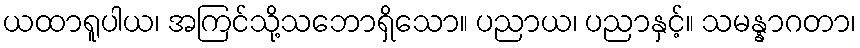
ယထာရူပါယ၊ အကြင်သို့သဘောရှိသော။ ပညာယ၊ ပညာနှင့်။ သမန္နာဂတာ၊